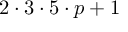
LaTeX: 2 \cdot 3 \cdot 5 \cdot p + 1